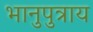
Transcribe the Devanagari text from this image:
भानुपुत्राय